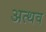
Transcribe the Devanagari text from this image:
अत्थव